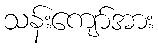
သန်းကျော်အား